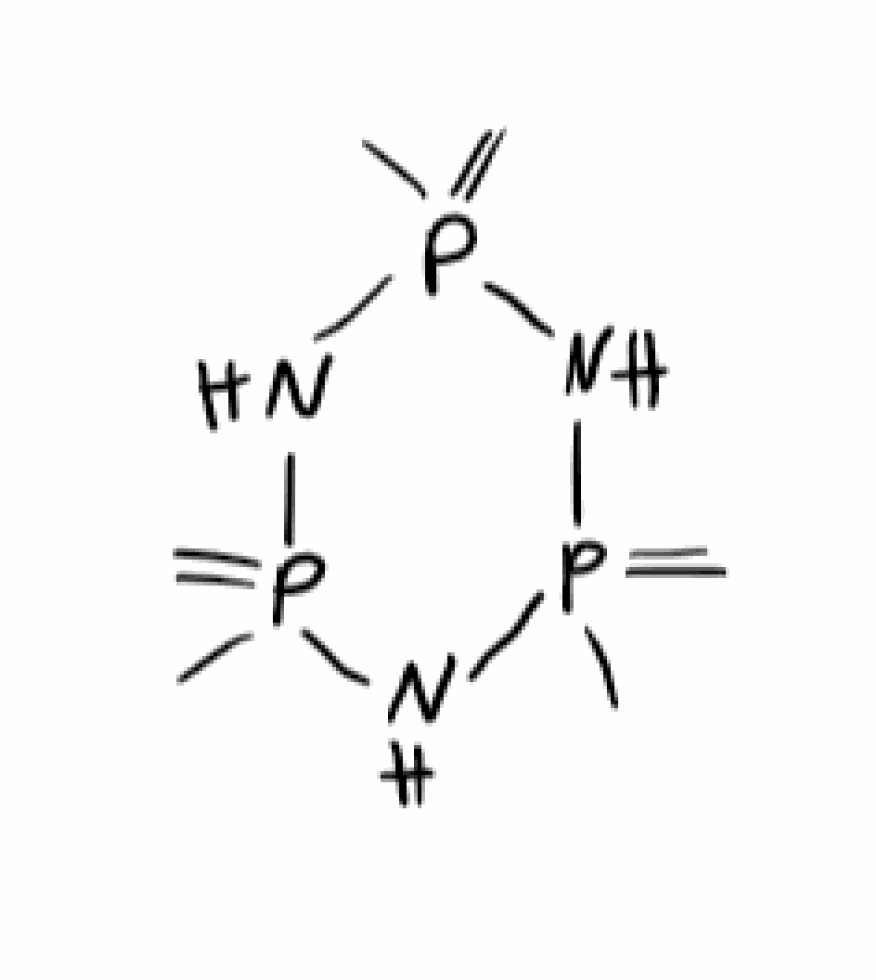
Simplified molecular-input line-entry system (SMILES) notation of the given molecule:
CP1(=C)NP(=C)(NP(=C)(N1)C)C